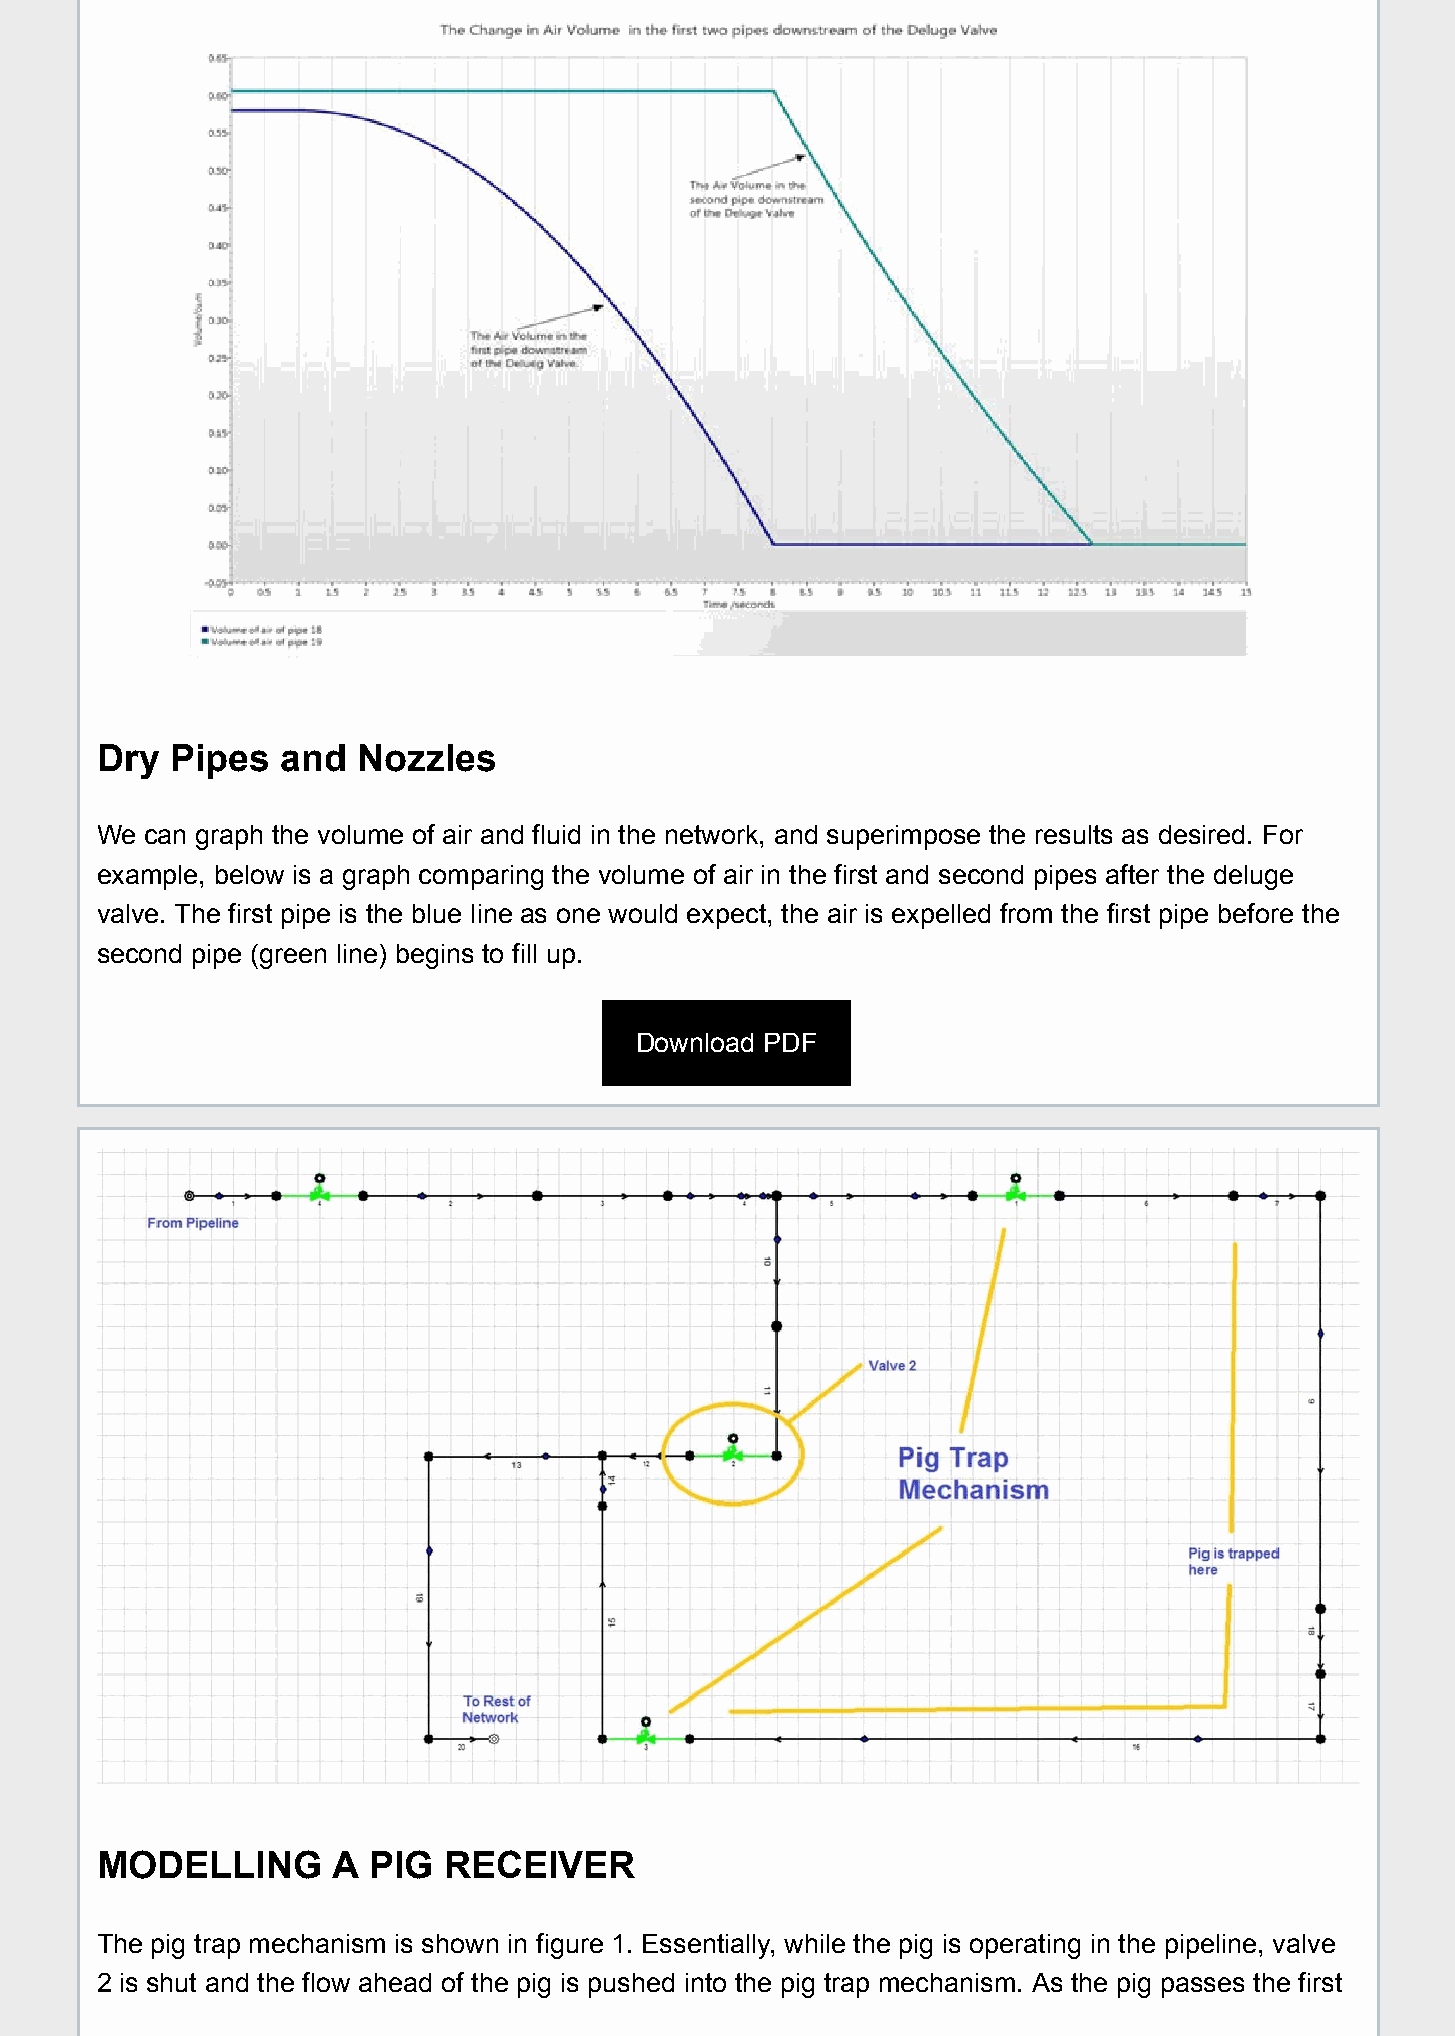
Dry  Pipes   and  Nozzles
 We  can graph the volume of air and fluid in the network, and superimpose the results as desired. For
 example, below is a graph comparing the volume of air in the first and second pipes after the deluge
 valve. The first pipe is the blue line as one would expect, the air is expelled from the first pipe before the
 second pipe (green line) begins to fill up.
 Download PDF
 MODELLING       A PIG  RECEIVER
 The pig trap mechanism is shown in figure 1. Essentially, while the pig is operating in the pipeline, valve
 2 is shut and the flow ahead of the pig is pushed into the pig trap mechanism. As the pig passes the first